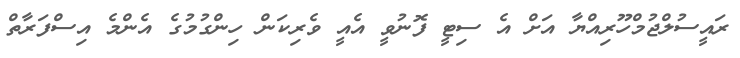
ރައީސުލްޖުމްހޫރިއްޔާ އަށް އެ ސިޓީ ފޮނުވީ އެއީ ވެރިކަން ހިންގުމުގެ އެންމެ އިސްފަރާތް